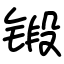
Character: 锻